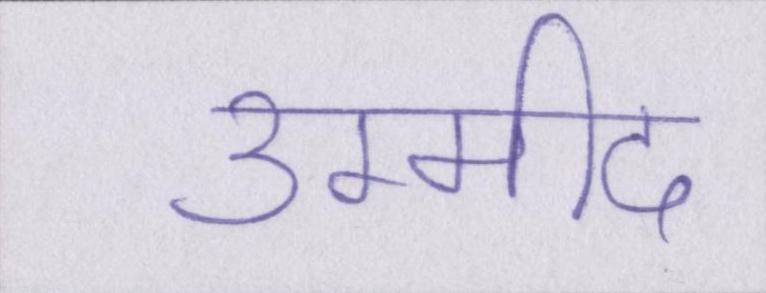
उम्मीद